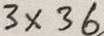
3 \times 3 6